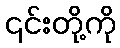
၎င်းတို့ကို